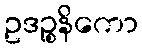
ဥဒဉ္စနိကော